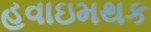
હવાઇમથક